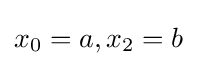
x_{0}=a,x_{2}=b